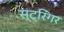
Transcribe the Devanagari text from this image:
स्ट्रिंगर